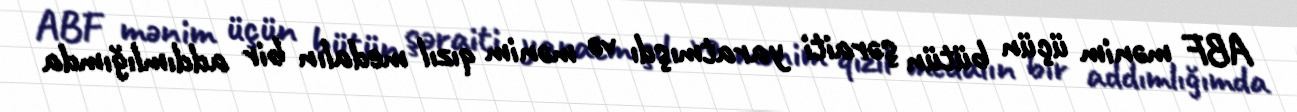
ABF mənim üçün bütün şəraiti yaratmışdı və mənim qızıl medalın bir addımlığımda